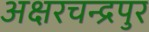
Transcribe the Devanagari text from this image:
अक्षरचन्द्रपुर